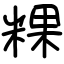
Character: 粿